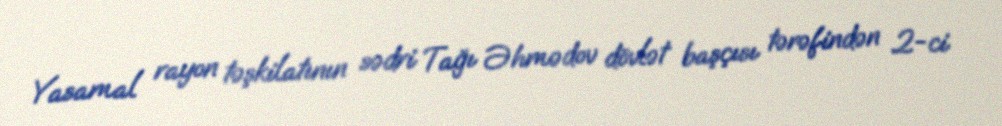
Yasamal rayon təşkilatının sədri Tağı Əhmədov dövlət başçısı tərəfindən 2-ci